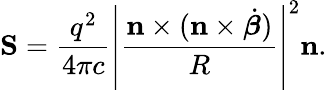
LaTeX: \mathbf{S}={\frac{q^{2}}{4\pi c}}\left|{\frac{\mathbf{n}\times(\mathbf{n}\times{\dot{\boldsymbol{\beta}}})}{R}}\right|^{2}\mathbf{n}.